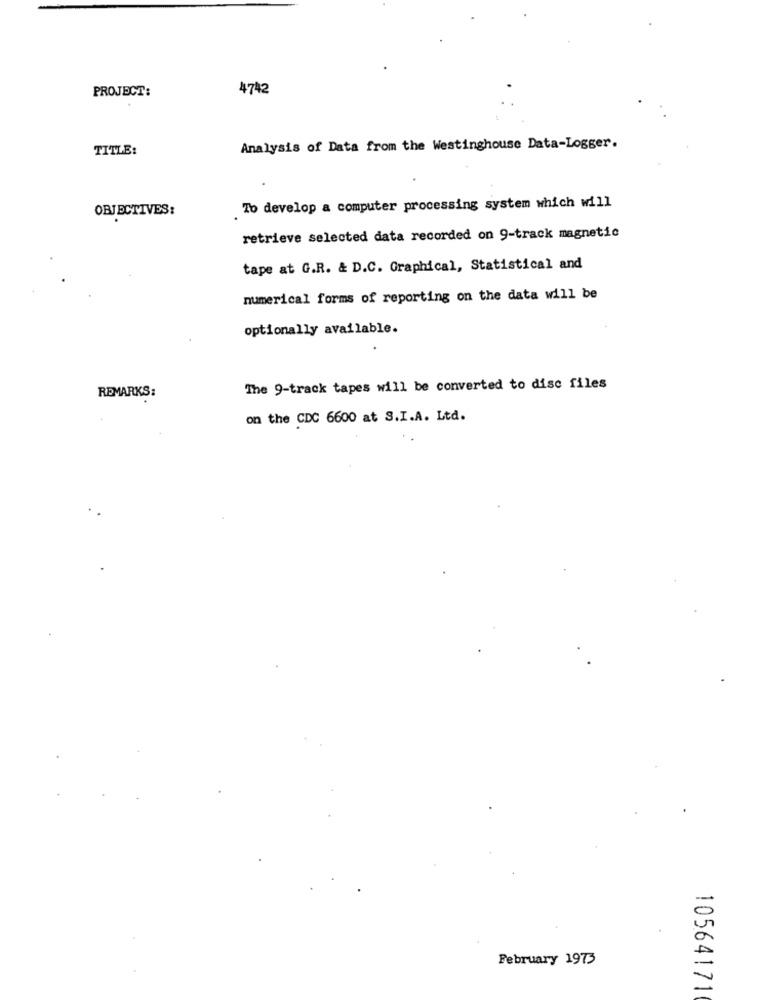
PROJECT:
4742
TITLE:
Analysis of Data from the Westinghouse Data-Logger.
OBJECTIVES:
To develop a computer processing system which will
retrieve selected data recorded on 9-track magnetic
tape at G.R. & D.C. Graphical, Statistical and
numerical forms of reporting on the data will be
optionally available.
The 9-track tapes will be converted to disc files
REMARKS:
on the CDC 6600 at S.I.A. Ltd.
February 1973
10564171